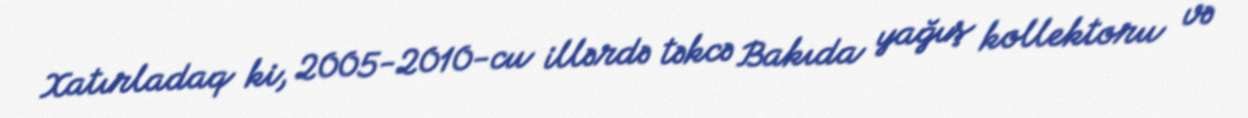
Xatırladaq ki, 2005-2010-cu illərdə təkcə Bakıda yağış kollektoru və